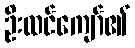
ဦးထင်ကျော်၏